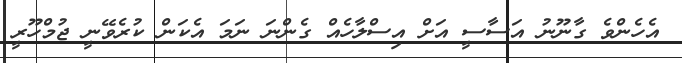
އެހެންވެ ގާނޫނު އަސާސީ އަށް އިސްލާހެއް ގެންނަ ނަމަ އެކަން ކުރެވޭނީ ޖުމްހޫރީ